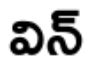
విన్